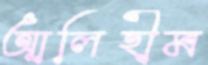
আলিহীম